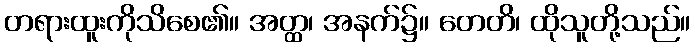
တရားထူးကိုသိစေ၏။ အတ္ထ၊ အနက်၌။ တေတိ၊ ထိုသူတို့သည်။